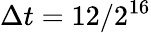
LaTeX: \Delta t=12/2^{16}